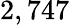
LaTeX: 2,747